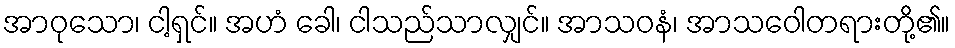
အာဝုသော၊ ငါ့ရှင်။ အဟံ ခေါ၊ ငါသည်သာလျှင်။ အာသဝနံ၊ အာသဝေါတရားတို့၏။